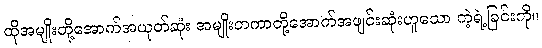
ထိုအမျိုးတို့အောက်အယုတ်ဆုံး အမျိုးတကာတို့အောက်အဖျင်းဆုံးဟူသော ကဲ့ရဲ့ခြင်းကို။